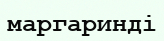
маргаринді